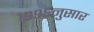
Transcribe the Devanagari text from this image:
१९९५नुसार